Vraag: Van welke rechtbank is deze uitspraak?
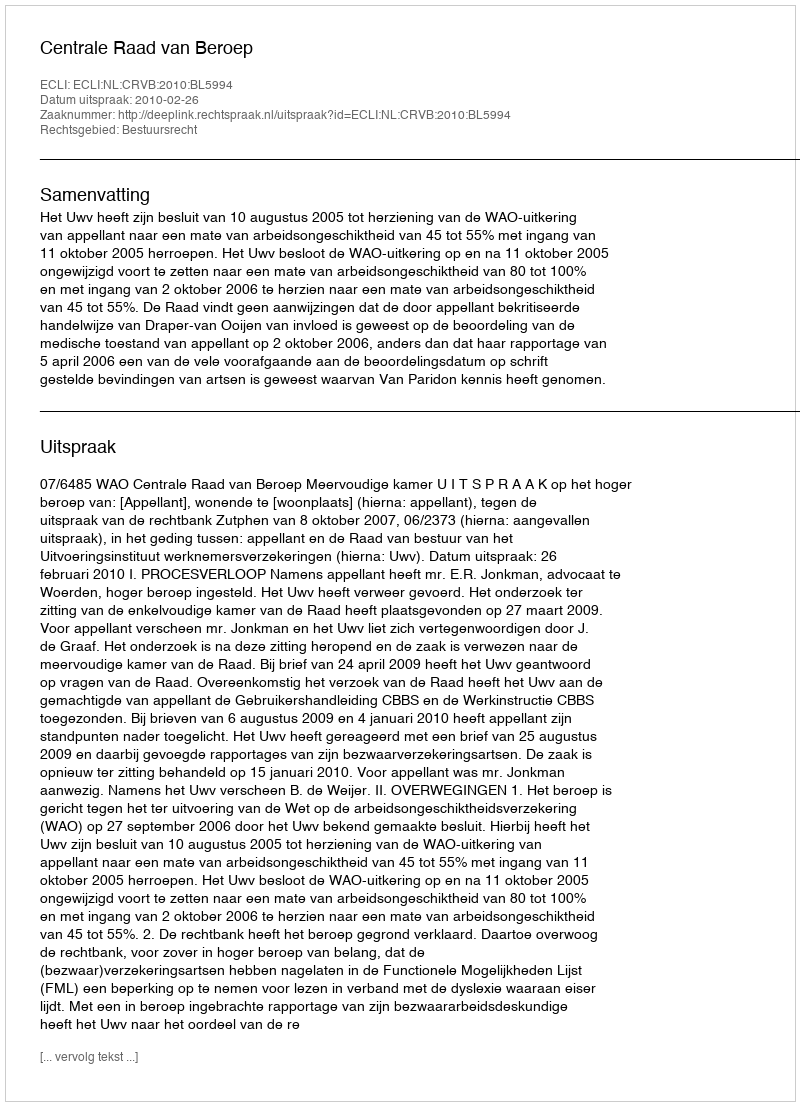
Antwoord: Centrale Raad van Beroep